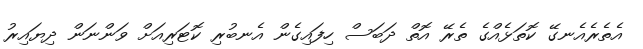
އެތެރެއެނގޭ ކޮތަޅެއްގެ ތެރޭ އޮތް ދަބަސް ހިފައިގެން އެނބުރި ކޮޓަރިއަށް ވަންނަން ދިޔައިރު